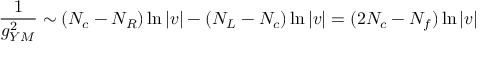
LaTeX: \frac { 1 } { g _ { Y M } ^ { 2 } } \sim ( N _ { c } - N _ { R } ) \ln | v | - ( N _ { L } - N _ { c } ) \ln | v | = ( 2 N _ { c } - N _ { f } ) \ln | v |